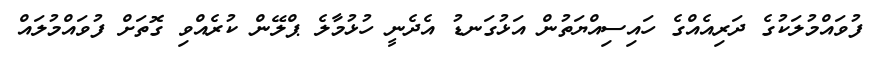
ފުވައްމުލަކުގެ ދަރިއެއްގެ ހައިސިއްޔަތުން އަޅުގަނޑު އެދެނީ ހުޅުމާލެ ޕްލޭން ކުރެއްވި ގޮތަށް ފުވައްމުލައް